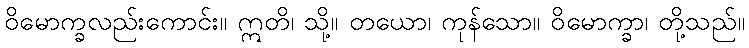
ဝိမောက္ခလည်းကောင်း။ ဣတိ၊ သို့။ တယော၊ ကုန်သော။ ဝိမောက္ခာ၊ တို့သည်။